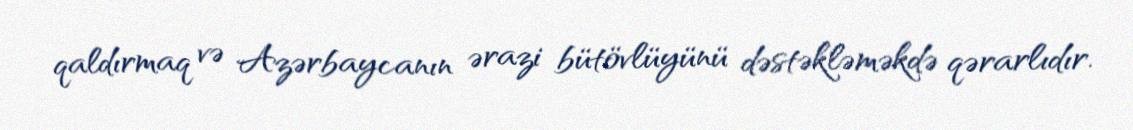
qaldırmaq və Azərbaycanın ərazi bütövlüyünü dəstəkləməkdə qərarlıdır.